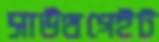
সাউথগেইট